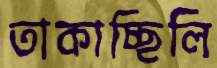
তাকাচ্ছিলি